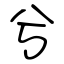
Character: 兮